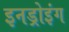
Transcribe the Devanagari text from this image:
इनड्रोइंग